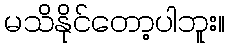
မသိနိုင်တော့ပါဘူး။